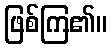
ဖြစ်ကြ၏။